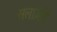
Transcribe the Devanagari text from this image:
सलार्ज़ाई